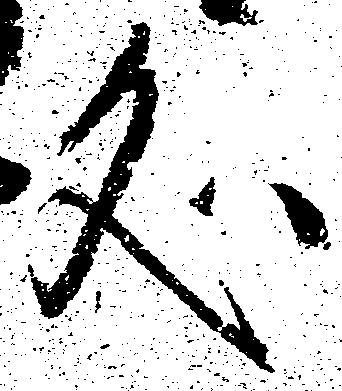
処